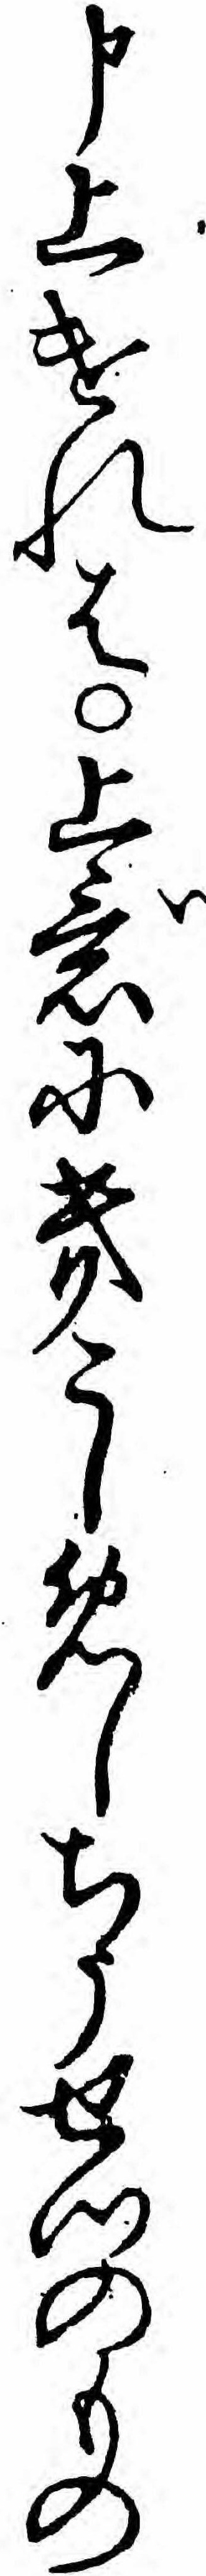
申上けれは上意にきこしめしちうせつのもの